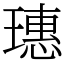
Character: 璤